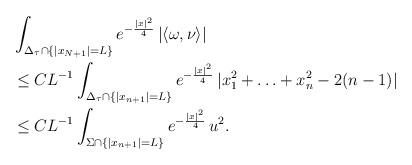
LaTeX: \begin{align*} &\int_{\Delta_\tau \cap \{|x_{N+1}|=L\}} e^{-\frac{|x|^2}{4}} \, |\langle \omega,\nu_{} \rangle| \\ &\leq C L^{-1} \int_{\Delta_\tau \cap \{|x_{n+1}|=L\}} e^{-\frac{|x|^2}{4}} \, |x_1^2+\hdots+x_n^2-2(n-1)| \\ &\leq C L^{-1} \int_{\Sigma \cap \{|x_{n+1}|=L\}} e^{-\frac{|x|^2}{4}} \, u^2. \end{align*}